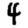
Digit: 4